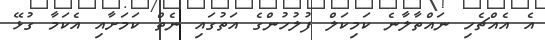
އެ އެއްޗެހި ނައްތާލާނެ ކަމިކަލް ފުލުހުންގެ އަތުގައި ނެތް ކަމަށާއި އެކަމާ ގުޅޭ